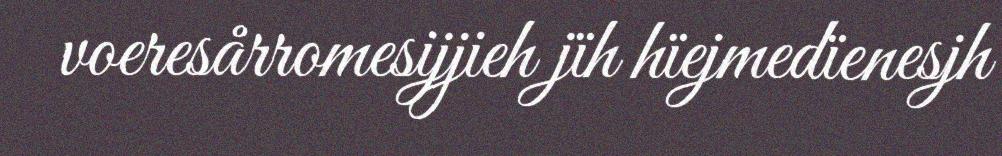
voeresårromesijjieh jïh hïejmedïenesjh